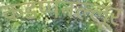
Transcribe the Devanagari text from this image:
कडप्पनल्लूर